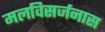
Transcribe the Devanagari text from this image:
मलविसर्जनास